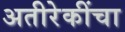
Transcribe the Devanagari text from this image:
अतीरेकींचा